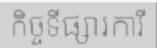
កិច្ចទីផ្សារការី